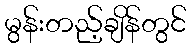
မွန်းတည့်ချိန်တွင်